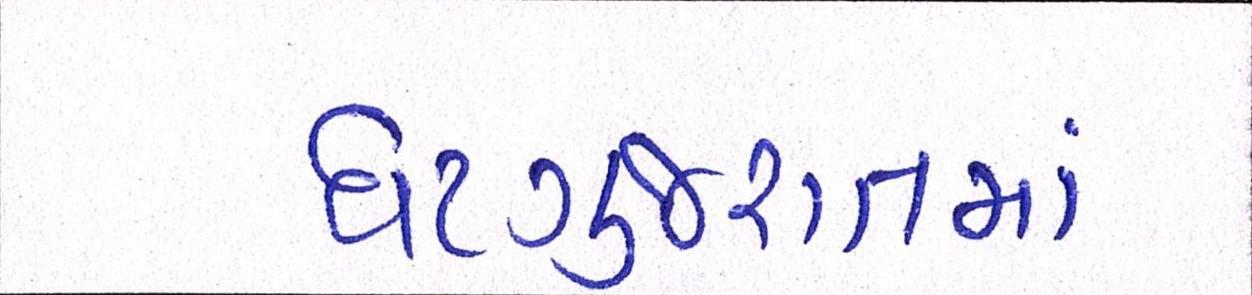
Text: ઘટગુજરાતમાં